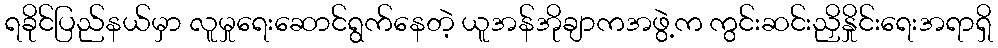
ရခိုင်ပြည်နယ်မှာ လူမှုရေးဆောင်ရွက်နေတဲ့ ယူအန်အိုချာကအဖွဲ့က ကွင်းဆင်းညှိနှိုင်းရေးအရာရှိ